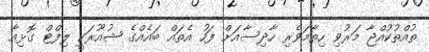
ތުއްތުކުއްޖާ މަރުވި ހިތާމަވެރި ހާދިސާއަށް ފަހު އެތައް ބައެއްގެ ޝުއޫރަކީ ލިފްޓް ގޮޅިއާ